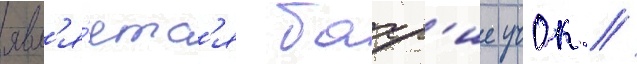
явл'я́етс'я бахр'ие учок //